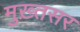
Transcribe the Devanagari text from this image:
मुख़्तसर